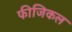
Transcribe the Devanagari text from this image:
फीजिकल